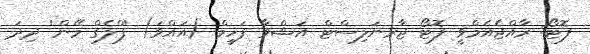
ފޮޓޯ: ރާއްޖެއެމްވީ ފޮޓޯ ޖާރނަލިސްޓް އަޝްވާ ފަހީމް (އައްވަ) 'ފްލެގް މޭން' ދިދަ